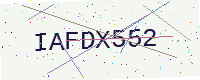
Text: IAFDX552